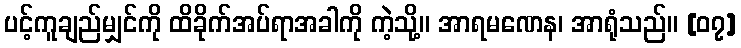
ပင့်ကူချည်မျှင်ကို ထိခိုက်အပ်ရာအခါကို ကဲ့သို့။ အာရမဏေန၊ အာရုံသည်။ [၀၇]